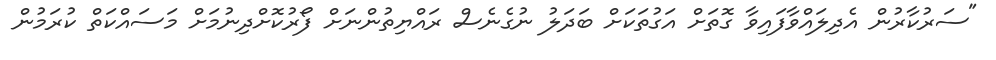
"ސަރުކާރުން އެދިލައްވާފައިވާ ގޮތަށް އަގުތަކަށް ބަދަލު ނުގެނެސް ރައްޔިތުންނަށް ފޯރުކޮށްދިނުމަށް މަސައްކަތް ކުރަމުން